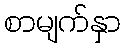
စာမျက်နှာ